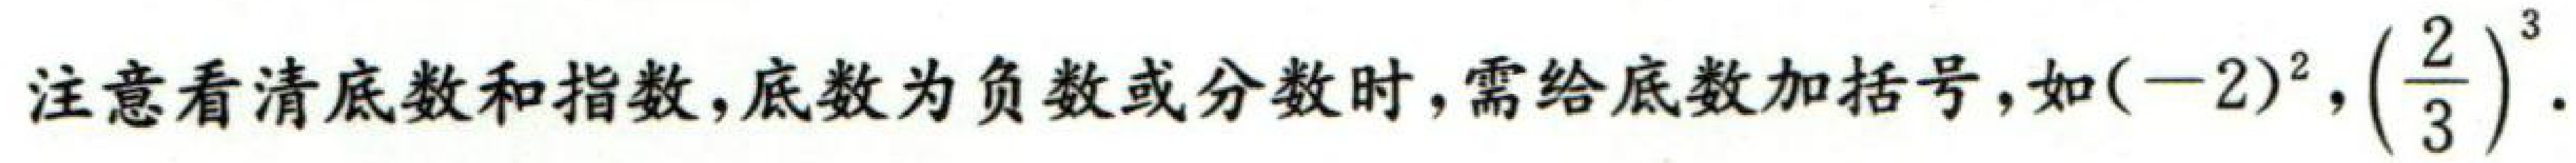
注意看清底数和指数, 底数为负数或分数时, 需给底数加括号, 如\((-2)^{2}, \left(\frac{2}{3}\right)^{3}\).